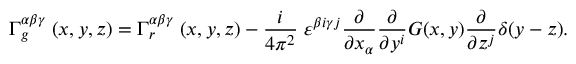
\Gamma _ { g } ^ { \alpha \beta \gamma } \; ( x , y , z ) = \Gamma _ { r } ^ { \alpha \beta \gamma } \; ( x , y , z ) - { \frac { i } { 4 \pi ^ { 2 } } } \; \varepsilon ^ { \beta i \gamma j } { \frac { \partial } { \partial x _ { \alpha } } } { \frac { \partial } { \partial y ^ { i } } } G ( x , y ) { \frac { \partial } { \partial z ^ { j } } } \delta ( y - z ) .